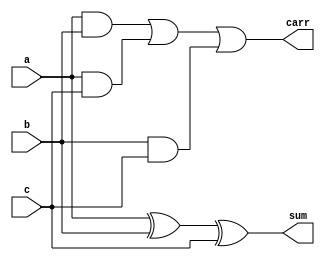
module fa( input a,b,c,
output sum,carr
 );
// assign {carr,sum}=a+b+c;
wire w1,w2,w3;
xor a1(sum,a,b,c);
and a2(w1,a,b),
a4 (w2,a,c),
a3 (w3,b,c);
or a5(carr,w1,w2,w3);


endmodule

module ripple_adder( input [2:0] A,B,
                     input cin,
                     output[2:0] sum,
                     output carry );
    wire c0,c1;                 
    fa a1(A[0],B[0],cin,sum[0],c0),
       a2(A[1],B[1],c0,sum[1],c1),
       a3(A[2],B[2],c1,sum[2],carry);
endmodule